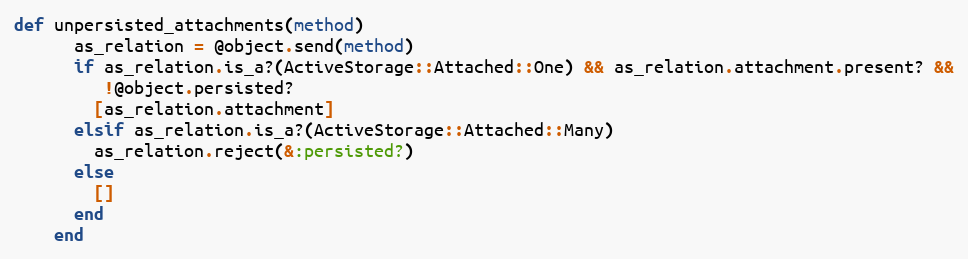
Language: Ruby
def unpersisted_attachments(method)
      as_relation = @object.send(method)
      if as_relation.is_a?(ActiveStorage::Attached::One) && as_relation.attachment.present? &&
         !@object.persisted?
        [as_relation.attachment]
      elsif as_relation.is_a?(ActiveStorage::Attached::Many)
        as_relation.reject(&:persisted?)
      else
        []
      end
    end